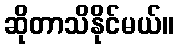
ဆိုတာသိနိုင်မယ်။